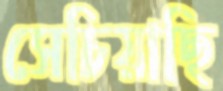
সেচিয়াছি